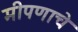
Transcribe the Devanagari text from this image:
मीपणाचे